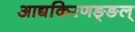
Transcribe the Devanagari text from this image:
आद्यकिरणङ्ङल्